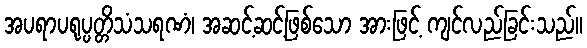
အပရာပရုပ္ပတ္တိသံသရဏံ၊ အဆင့်ဆင့်ဖြစ်သော အားဖြင့် ကျင်လည်ခြင်းသည်။